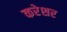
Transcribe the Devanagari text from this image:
करेशर